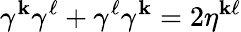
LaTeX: \gamma^{\mathbf{k}}\gamma^{\ell}+\gamma^{\ell}\gamma^{\mathbf{k}}=2\eta^{\mathbf{k}\ell}